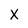
Character: X